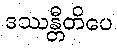
ဒဿန္တီတိပေ